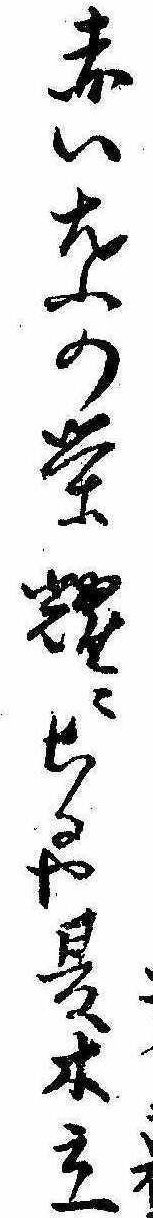
赤い葉の栄耀にちるや夏木立